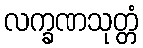
လက္ခဏသုတ္တံ